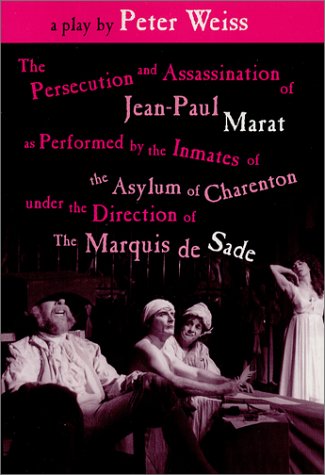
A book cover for The Persecution and Assassination of Jean-Paul Marat As Performed by the Inmates of the Asylum of Charenton Under the Direction of The Marquis de Sade (or Marat Sade); Peter Weiss; Science & Math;